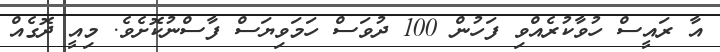
އާ ރައީސް ހުވާކުރެއްވި ފަހުން 100 ދުވަސް ހަމަވިޔަސް ފާސްނުކޮށެވެ. މިއީ ދޮގެއް